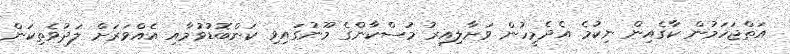
އަތްޖަހަމުން ކާގެއިން ނިކުމެ އެދެމީހުން ވަށާލިއިރު މުސްކާންގެ މޫނުގައިވި ކަންބޮޑުވުމާއި އެއްވަރަށް ލަދުވެތިކަން